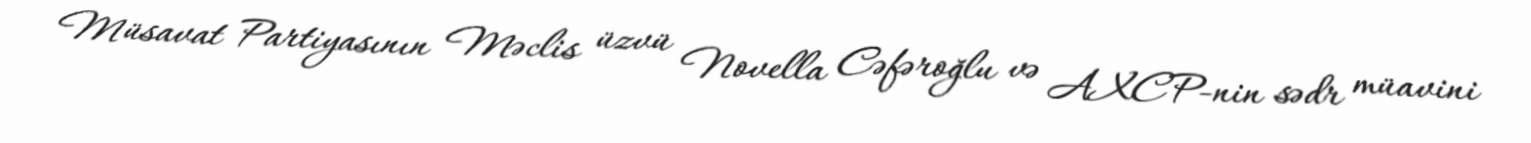
Müsavat Partiyasının Məclis üzvü Novella Cəfəroğlu və AXCP-nin sədr müavini